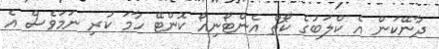
ދާނޭކަން އެ ކްލަބުގެ ކޯޗް އެންޓޯނިއޯ ކޮންޓޭ ހާމަ ކުރި ނަމަވެސް އެ